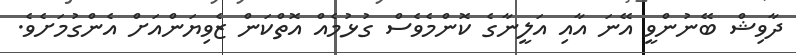
ދާވިޝް ބޭނުންވީ އޭނަ އާއި އަލީނާގެ ކޮންމެވެސް ގުޅުމެއް އޮތްކަން ޒެވިޔަންއަށް އެންގުމަށެވެ.